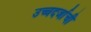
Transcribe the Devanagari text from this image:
उच्चदर्जाची